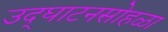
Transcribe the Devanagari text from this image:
उद्‌घाटनसोहळा